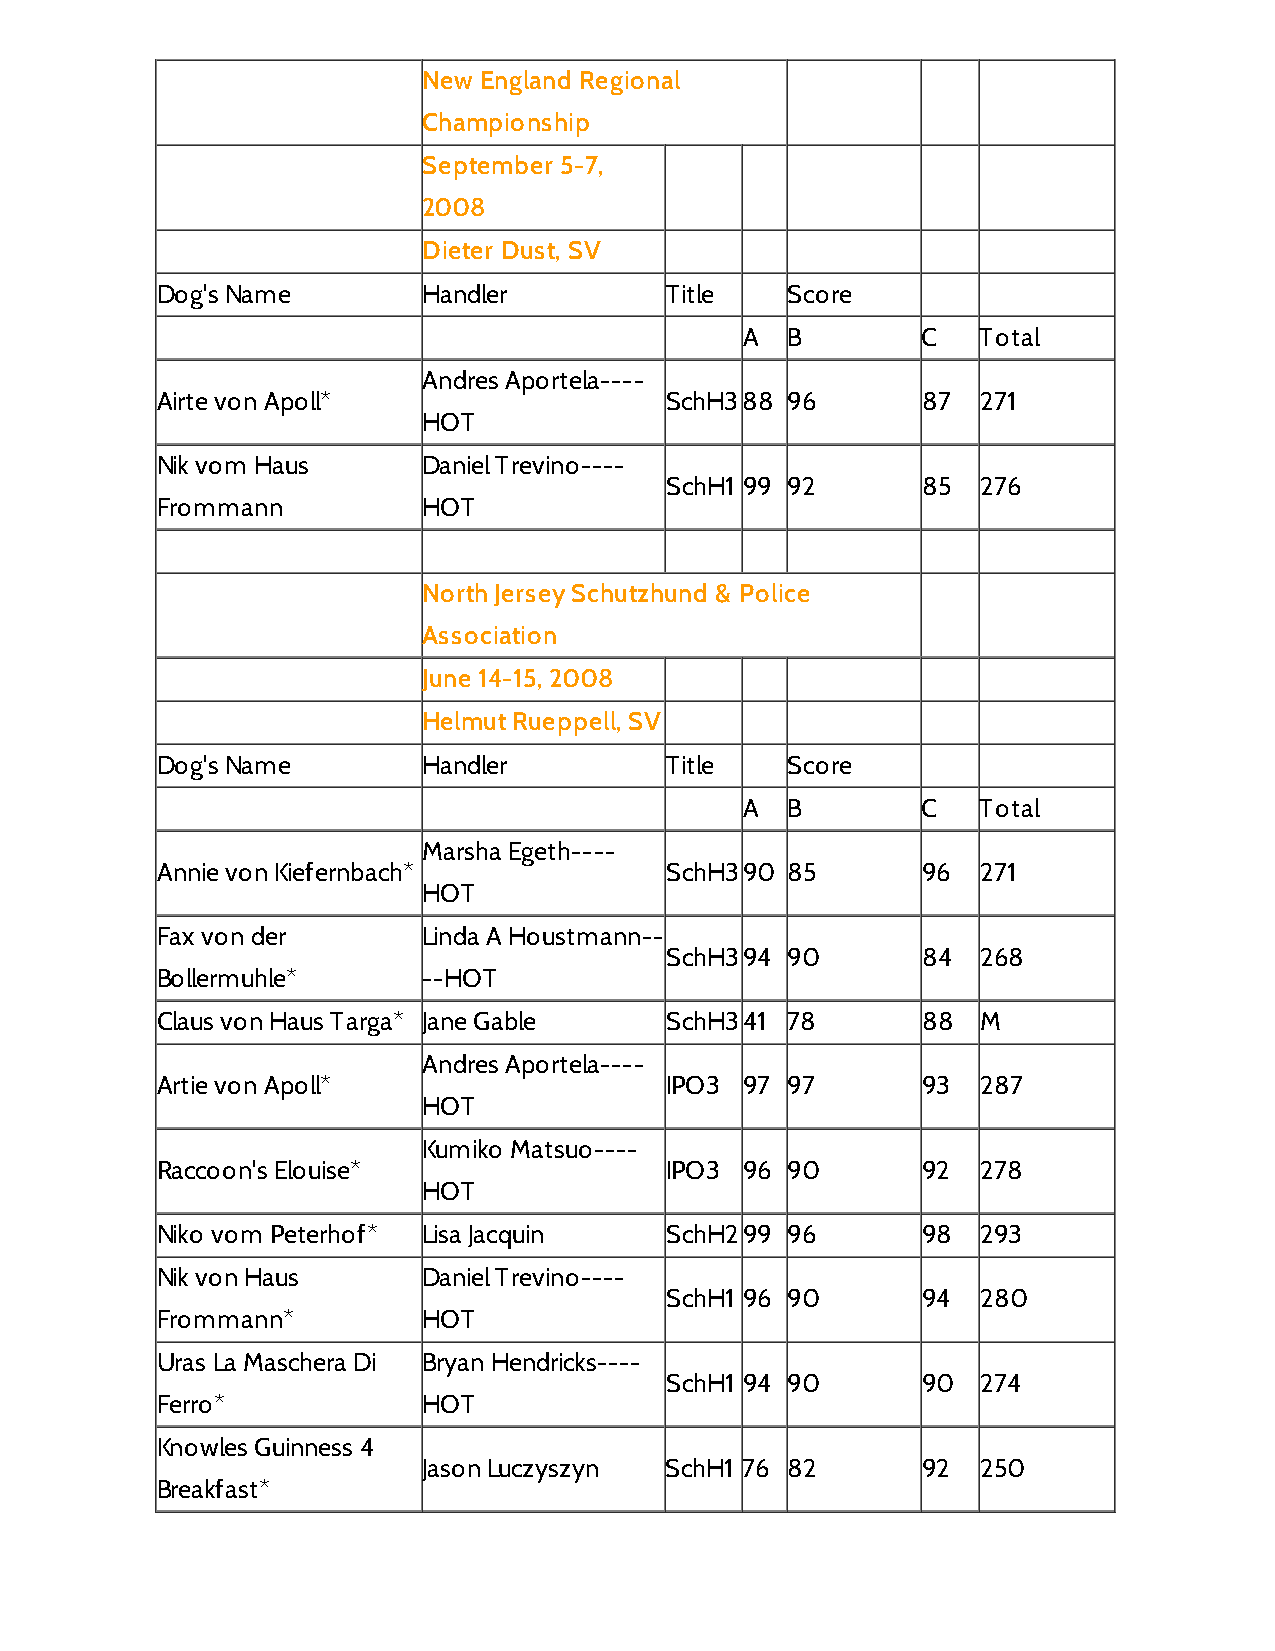
New England Regional
 Championship
 September 5-7,
 2008
 Dieter Dust, SV
 Dog's Name        Handler         Title   Score
 A  B        C   Total
 Andres Aportela----
 Airte von Apoll*                  SchH388 96       87  271
 HOT
 Nik vom Haus      Daniel Trevino----
 SchH1 99 92      85  276
 Frommann          HOT
 North Jersey Schutzhund & Police
 Association
 June 14-15, 2008
 Helmut Rueppell, SV
 Dog's Name        Handler         Title   Score
 A  B        C   Total
 Marsha Egeth----
 Annie von Kiefernbach*            SchH390 85       96  271
 HOT
 Fax von der       Linda A Houstmann--
 SchH394 90       84  268
 Bollermuhle*      --HOT
 Claus von Haus Targa* Jane Gable  SchH341 78       88  M
 Andres Aportela----
 Artie von Apoll*                  IPO3 97 97       93  287
 HOT
 Kumiko Matsuo----
 Raccoon's Elouise*                IPO3 96 90       92  278
 HOT
 Niko vom Peterhof* Lisa Jacquin   SchH299 96       98  293
 Nik von Haus      Daniel Trevino----
 SchH1 96 90      94  280
 Frommann*         HOT
 Uras La Maschera Di Bryan Hendricks----
 SchH1 94 90      90  274
 Ferro*            HOT
 Knowles Guinness 4
 Jason Luczyszyn SchH1 76 82      92  250
 Breakfast*